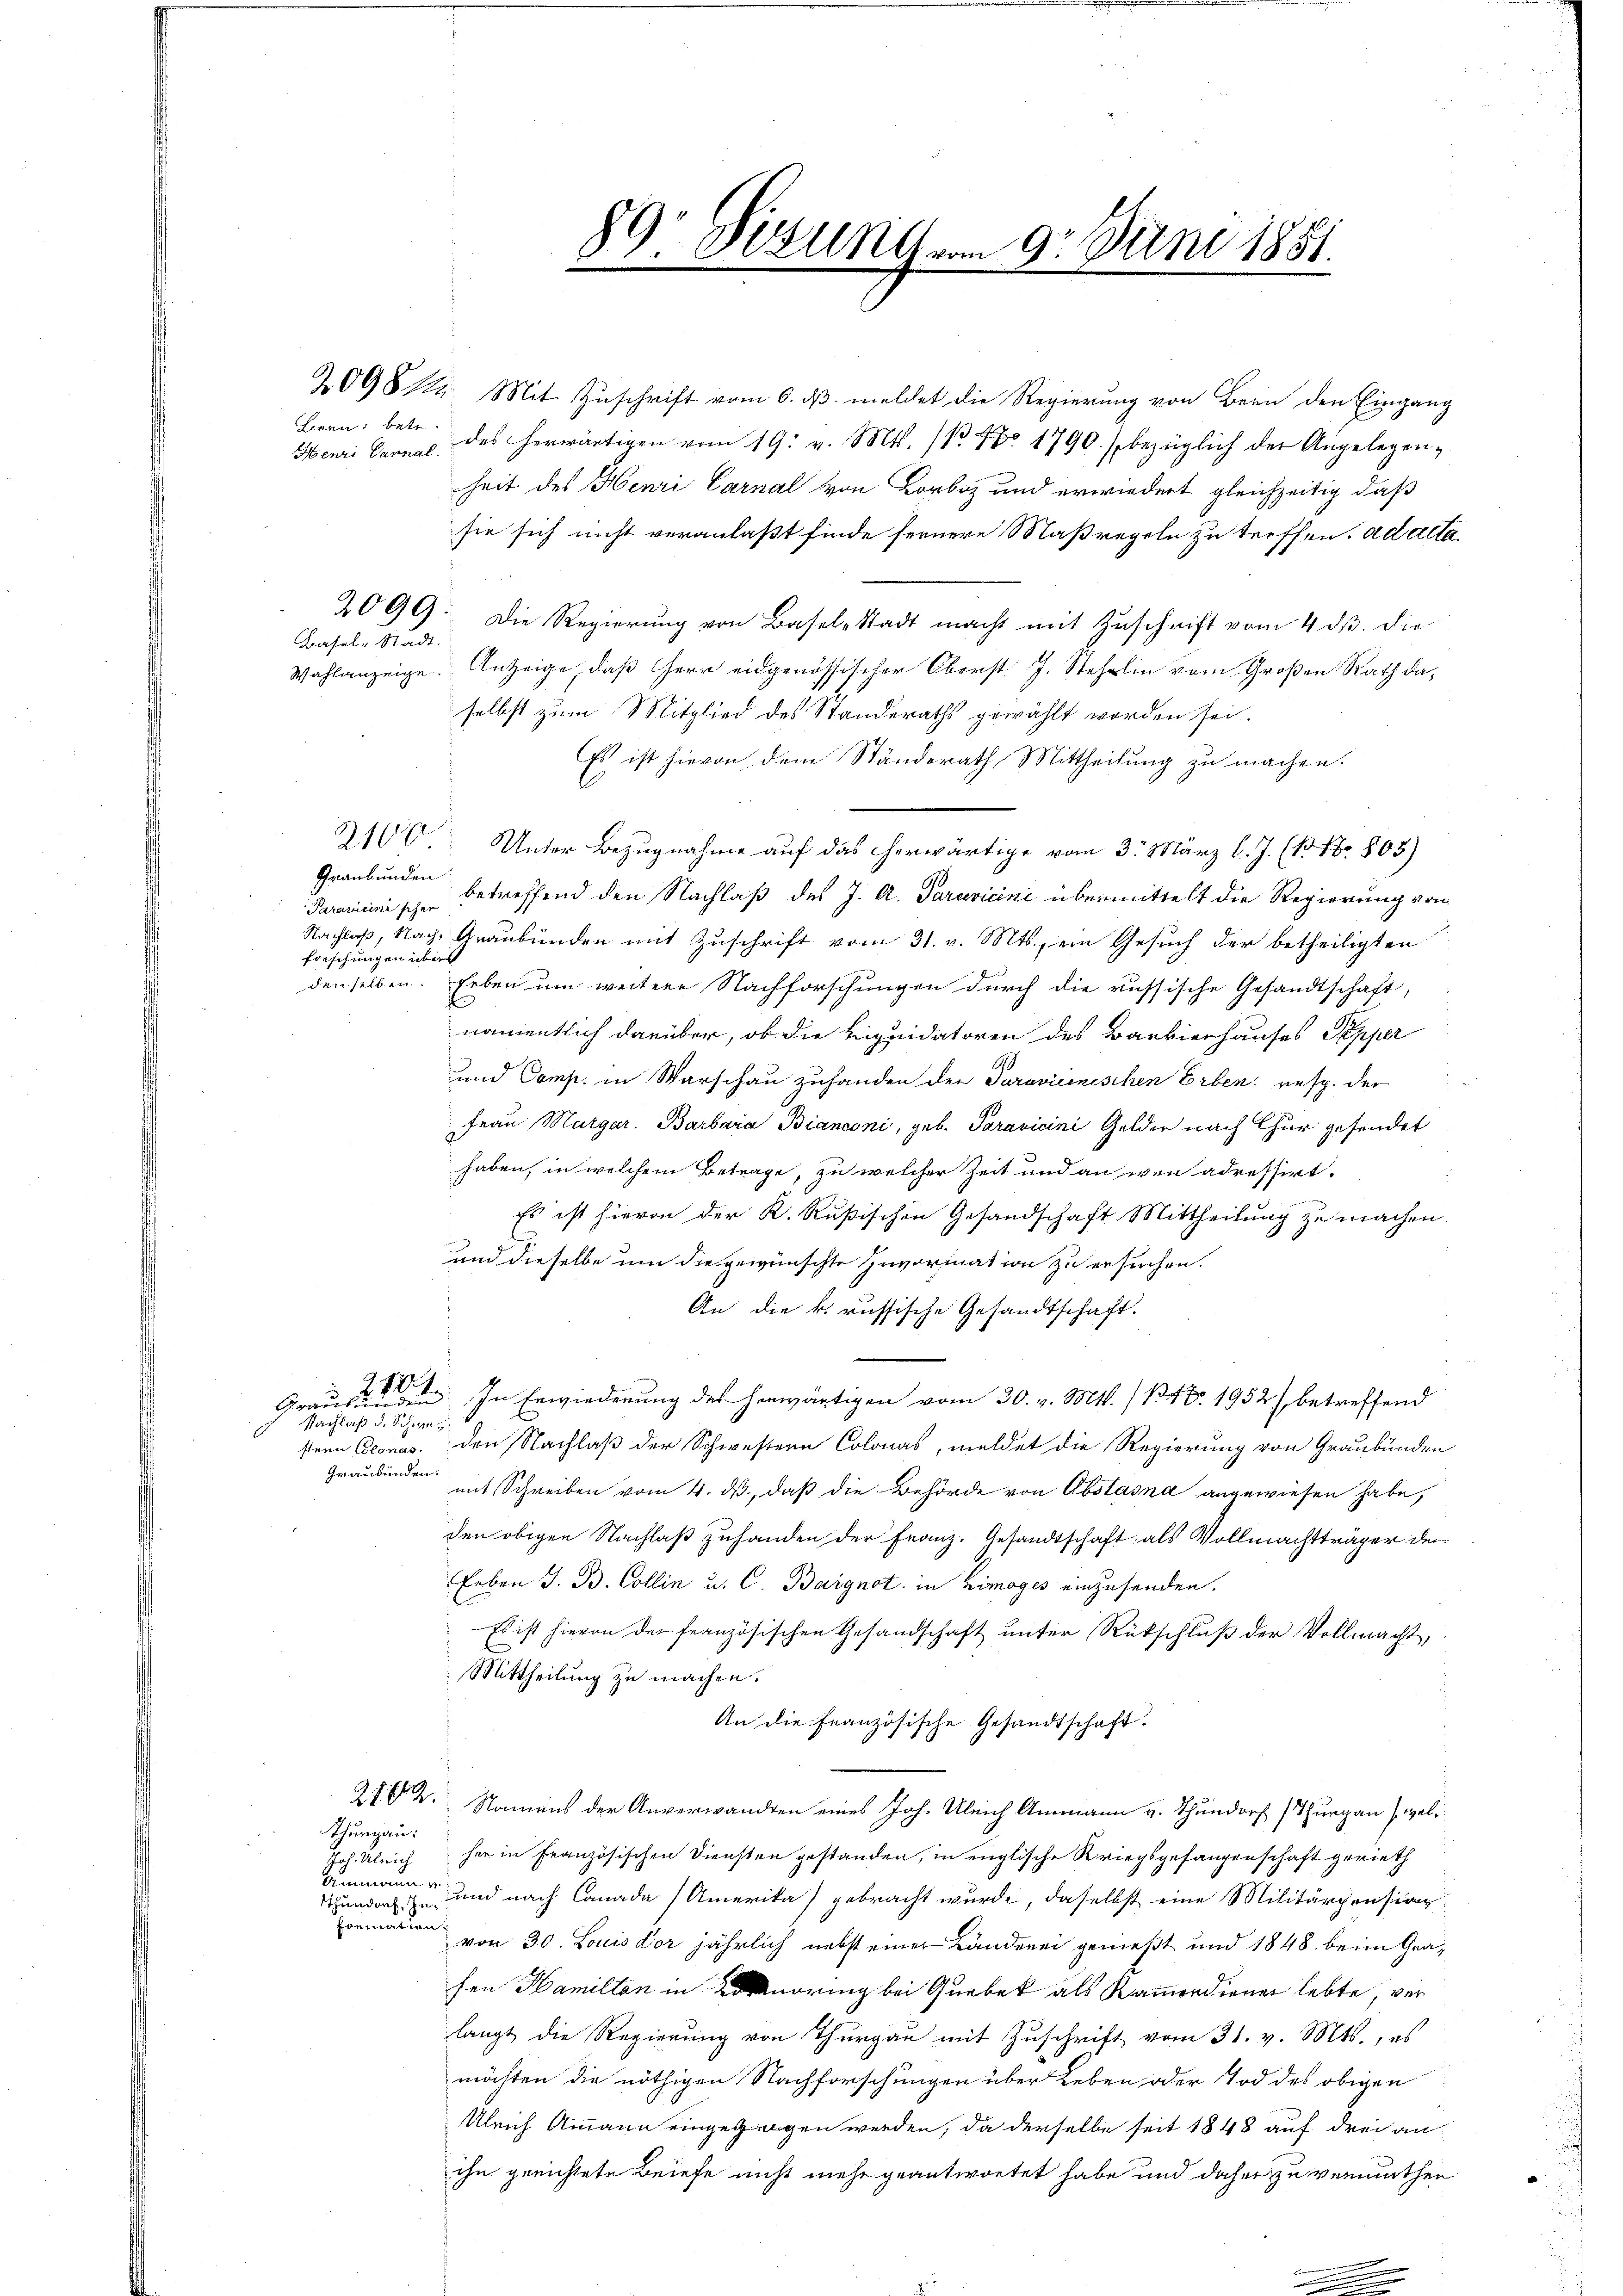
Lern: betr.
Henri Cannal.

Basel-Stadt.

Granbunden
forschungen übers

2099: Die Regierung von Basel-Stadt macht mit Zuschrift vom 4. ds. die
Wahlanzeige. Anzeige, daß Herr eidgenössischer Oberst J. Stehlin vom Großen Rath daselbst zum Mitglied des Standeraths gewählt worden sei.
Es ist hievon dem Ständerath Mittheilung zu machen.
Unter Bezugnahme auf das herwärtige vom 3. März l. J. (B No. 803)
Paravicinischen betreffend den Nachlaß des J. A. Taravicini übermittelt die Regierung von
Nachlaß, Nach Graubünden mit Zuschrift vom 31. v. Mts., ein Gesuch der betheiligten
denselben. Erben um weitere Nachforschungen durch die russische Gesandtschaft,
namentlich darüber, ob die Liquidatoren des Barkierhauses Papper
und Comp. in Warschau zuhanden der Paravicinischen Erben, resp. der
Frau Margar. Barbara Bianconi, geb. Paravicini Gelder nach Chur gesendet
haben, in welchem Betrage, zu welcher Zeit und an wen adressirt.
Es ist hievon der K. Rußischen Gesandschaft Mittheilung zu machen.
und dieselbe um die gewünschte Invormation zu ersuchen.
An die k. russische Gesandtschaft.
10.
6
In Erwiederung des herwärtigen vom 30. v. Mts. (141952) betreffend
Graubünden
Nachlaß d. Schwe
sten Conas. Den Nachlaß der Schwestern Colonas, meldet die Regierung von Graubünden
Graubünden:
mit Schreiben vom 4. ds., daß die Behörde von Abstasna angewiesen habe,
den obigen Nachlaß zuhanden der Franz. Gesandtschaft als Vollmachtträger den
Leben J. B. Collin u. C. Baignet in Zimoges einzusenden.
Es ist hievon der französischen Gesandschaft unter Rückschluß der Vollmacht,
Mittheilung zu machen.
An die Französische Gesandtschaft.
212. Namens der Anverwandten eines Joh. Uleich Ammann v. Thundorf (Thurgau (wel¬
Thurgau:
Joh. Ulrich her in Französischen Diensten gestanden, in englische Kriegsgefangenschaft gerieth
Ammann und nach Canada Amerika gebracht wurde, daselbst eine Militärpensiar
Tthundorf, In
Poemation.
von 30. Louis Dor jährlich nebst einer Länderei genießt und 1848 beim Grafen Hamilten in Eindrung bei Quebek als Kammerdiener lebte, verlangt die Regierung von Thurgau mit Zuschrift vom 31. v. Mts., es
möchten die nöthigen Nachforschungen über Leben oder Tod des obigen
Ulrich Ammann eingezogen werden, da derselbe seit 1848 auf drei an
ihn gerichtete Briefe nicht mehr geantwortet habe und daher zu vermuthen

2100

89 Fizung vom 9. Juni 1851.

209812. Mit Zuschrift vom 6. ds meldet die Regierung von Bern den Eingang
des herwärtigen vom 19. v. Mts. 1. No 1790. / bezüglich der Angelegenheit des Henri Carnal von Korb und erwiedert gleichzeitig, daß
sie sich nicht veranlaßt finde fernere Maßregeln zu treffen. ad acta